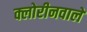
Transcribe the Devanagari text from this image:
क्लोरीनवाले